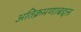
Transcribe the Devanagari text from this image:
अतिक्रमणाबद्दल